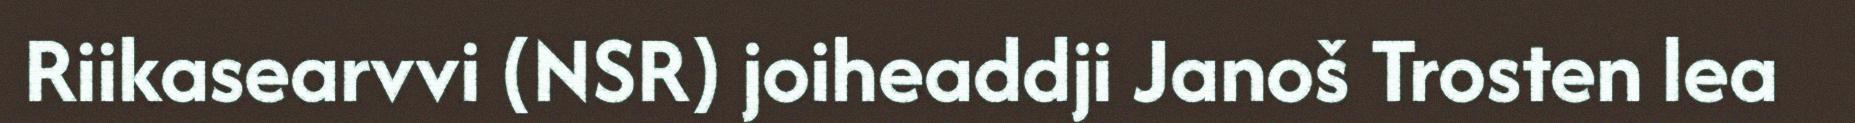
Riikasearvvi (NSR) joiheaddji Janoš Trosten lea